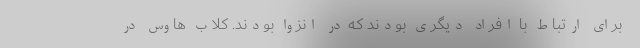
برای ارتباط با افراد دیگری بودند که در انزوا بودند. کلاب هاوس در